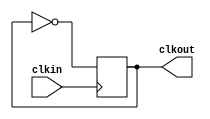
module coun(clkin,clkout );
input clkin;
output reg clkout=0;
reg  [25:0] count=0;
always@(posedge clkin)
begin
clkout<=!clkout;
//count<=count+1;
//if (count==10000000)
//begin
//clkout<=!clkout;
//count<=0;
//end
end


endmodule